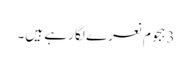
3 ہجوم نعرے لگا رہے ہیں۔